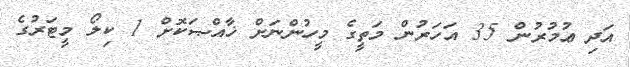
އަދި ޢުމުރުން 35 އަހަރުން މަތީގެ މީހުންނަށް ޚާއްޞަކޮށް 1 ކިލޯ މީޓަރުގެ